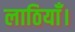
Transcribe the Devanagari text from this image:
लाठियाँ।